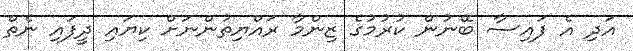
އަދި އެ ފައިސާ ބޭނުން ކުރުމުގެ ޒިންމާ ރައްޔިތުންނަށް ކިޔައި ދީފައި ނެތް